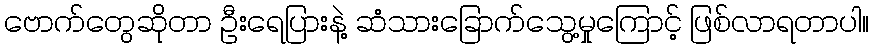
ဗောက်တွေဆိုတာ ဦးရေပြားနဲ့ ဆံသားခြောက်သွေ့မှုကြောင့် ဖြစ်လာရတာပါ။